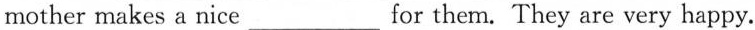
mother makes a nice___for them. They are very happy.